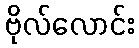
ဗိုလ်လောင်း